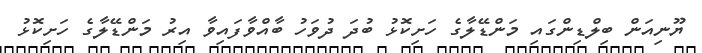
ޔޫނިއަން ބިލްޑިންގައި މަންޑޭލާގެ ހަށިކޮޅު ބުދަ ދުވަހު ބާއްވާފައިވާ އިރު މަންޑޭލާގެ ހަށިކޮޅު